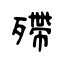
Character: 殢